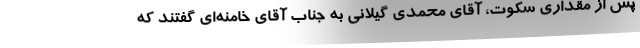
پس از مقداری سکوت، آقای محمدی گیلانی به جناب آقای خامنه‌ای گفتند که